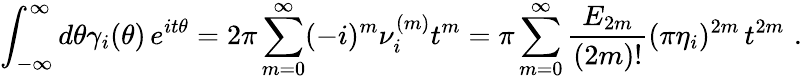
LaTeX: \int_{-\infty}^{\infty}d\theta\gamma_{i}(\theta)\, e^{it\theta}=2\pi\sum_{m=0}^{\infty}(-i)^{m}\nu_{i}^{(m)}t^{m}=\pi\sum_{m=0}^{\infty}\frac{E_{2m}}{(2m)!}(\pi\eta_{i})^{2m}\, t^{2m}\, \, .